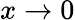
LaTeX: x\to 0